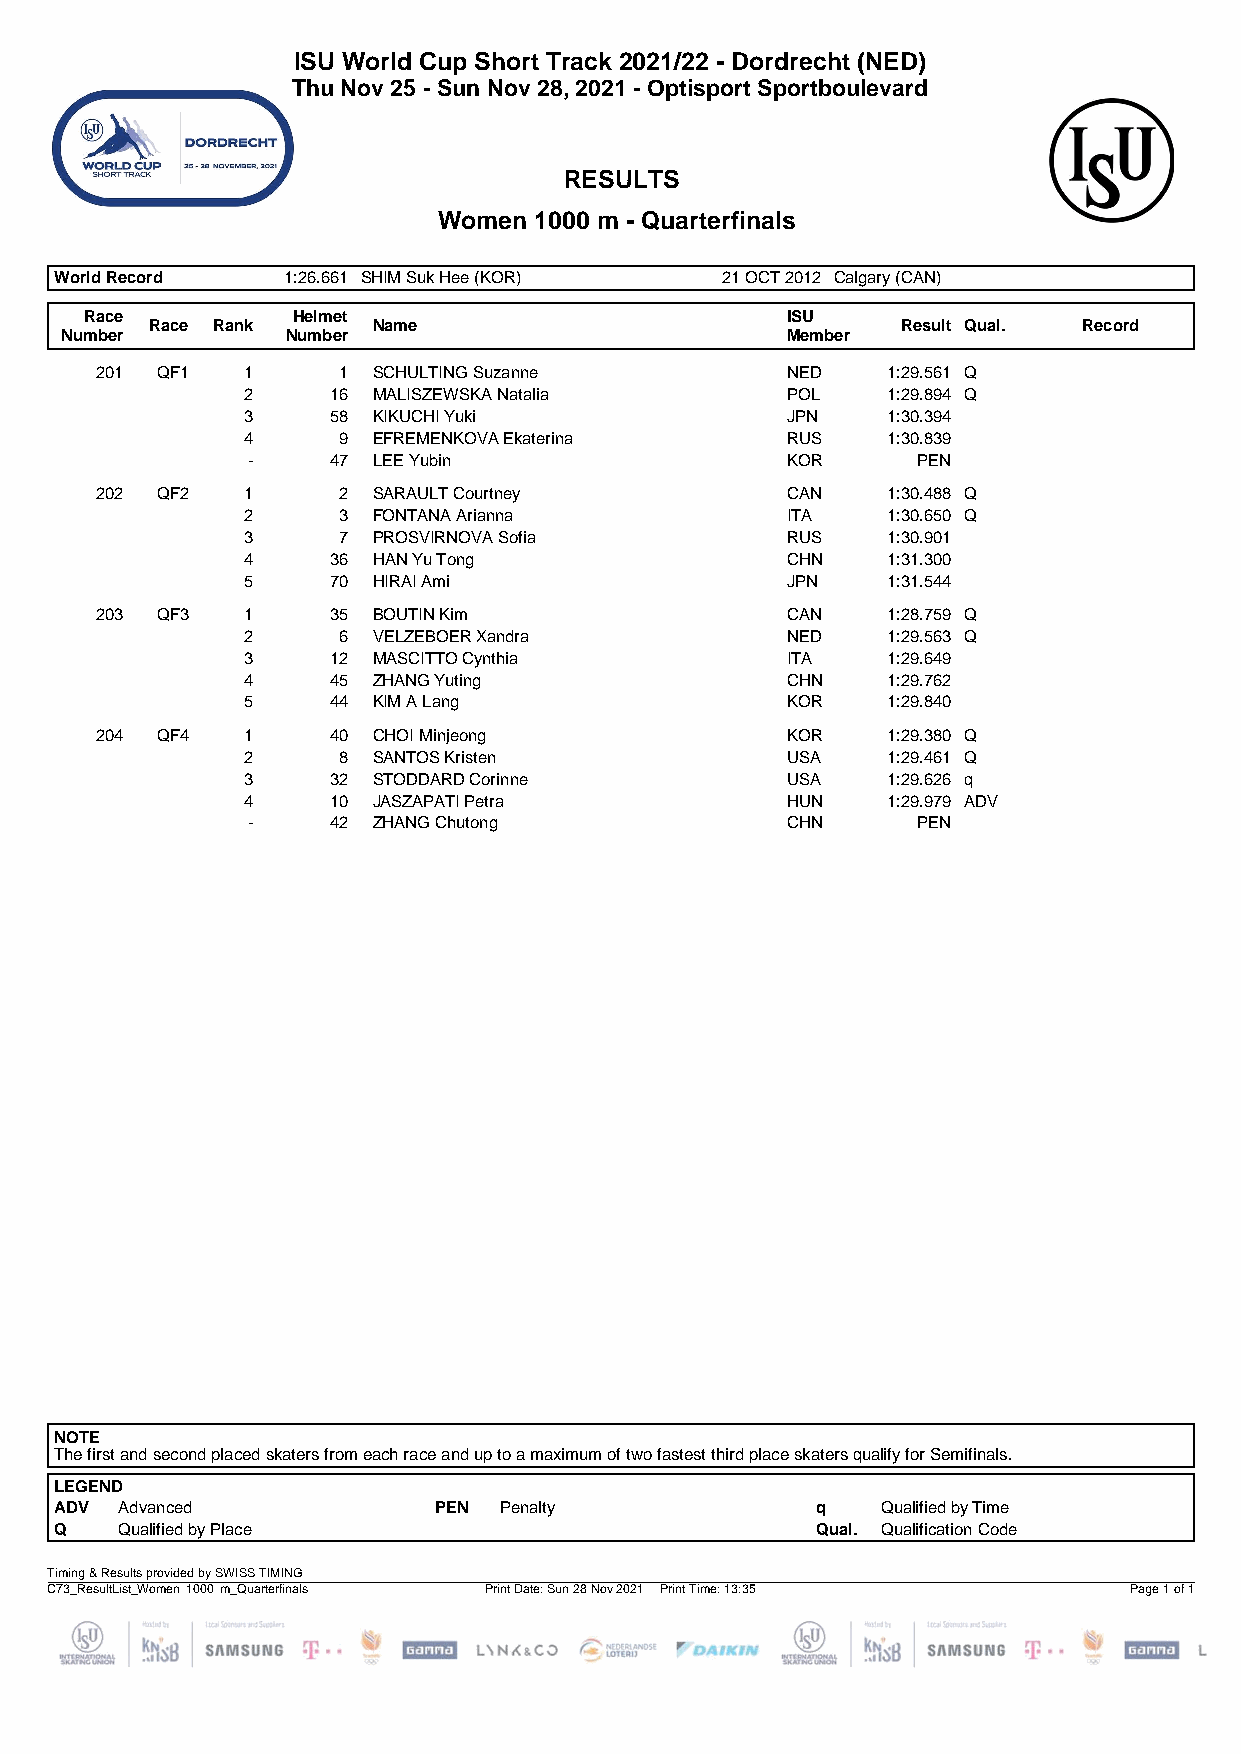
ISU World Cup Short Track 2021/22 - Dordrecht (NED)
 Thu Nov 25 - Sun Nov 28, 2021 - Optisport Sportboulevard
 RESULTS
 Women 1000 m - Quarterfinals
 World Record   1:26.661 SHIM Suk Hee (KOR)  21 OCT 2012 Calgary (CAN)
 Race         Helmet                           ISU
 Race Rank      Name                               Result Qual. Record
 Number         Number                           Member
 201 QF1   1     1  SCHULTING Suzanne          NED    1:29.561 Q
 2     16 MALISZEWSKA Natalia        POL    1:29.894 Q
 3     58 KIKUCHI Yuki               JPN    1:30.394
 4     9  EFREMENKOVA Ekaterina      RUS    1:30.839
 -     47 LEE Yubin                  KOR      PEN
 202 QF2   1     2  SARAULT Courtney           CAN    1:30.488 Q
 2     3  FONTANA Arianna            ITA    1:30.650 Q
 3     7  PROSVIRNOVA Sofia          RUS    1:30.901
 4     36 HAN Yu Tong                CHN    1:31.300
 5     70 HIRAI Ami                  JPN    1:31.544
 203 QF3   1     35 BOUTIN Kim                 CAN    1:28.759 Q
 2     6  VELZEBOER Xandra           NED    1:29.563 Q
 3     12 MASCITTO Cynthia           ITA    1:29.649
 4     45 ZHANG Yuting               CHN    1:29.762
 5     44 KIM A Lang                 KOR    1:29.840
 204 QF4   1     40 CHOI Minjeong              KOR    1:29.380 Q
 2     8  SANTOS Kristen             USA    1:29.461 Q
 3     32 STODDARD Corinne           USA    1:29.626 q
 4     10 JASZAPATI Petra            HUN    1:29.979 ADV
 -     42 ZHANG Chutong              CHN      PEN
 NOTE
 The first and second placed skaters from each race and up to a maximum of two fastest third place skaters qualify for Semifinals.
 LEGEND
 ADV Advanced             PEN Penalty              q   Qualified by Time
 Q   Qualified by Place                            Qual. Qualification Code
 Timing & Results provided by SWISS TIMING
 C73_ResultList_Women 1000 m_Quarterfinals Print Date: Sun 28 Nov 2021 Print Time: 13:35 Page 1 of 1